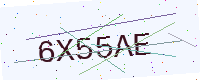
Text: 6X55AE